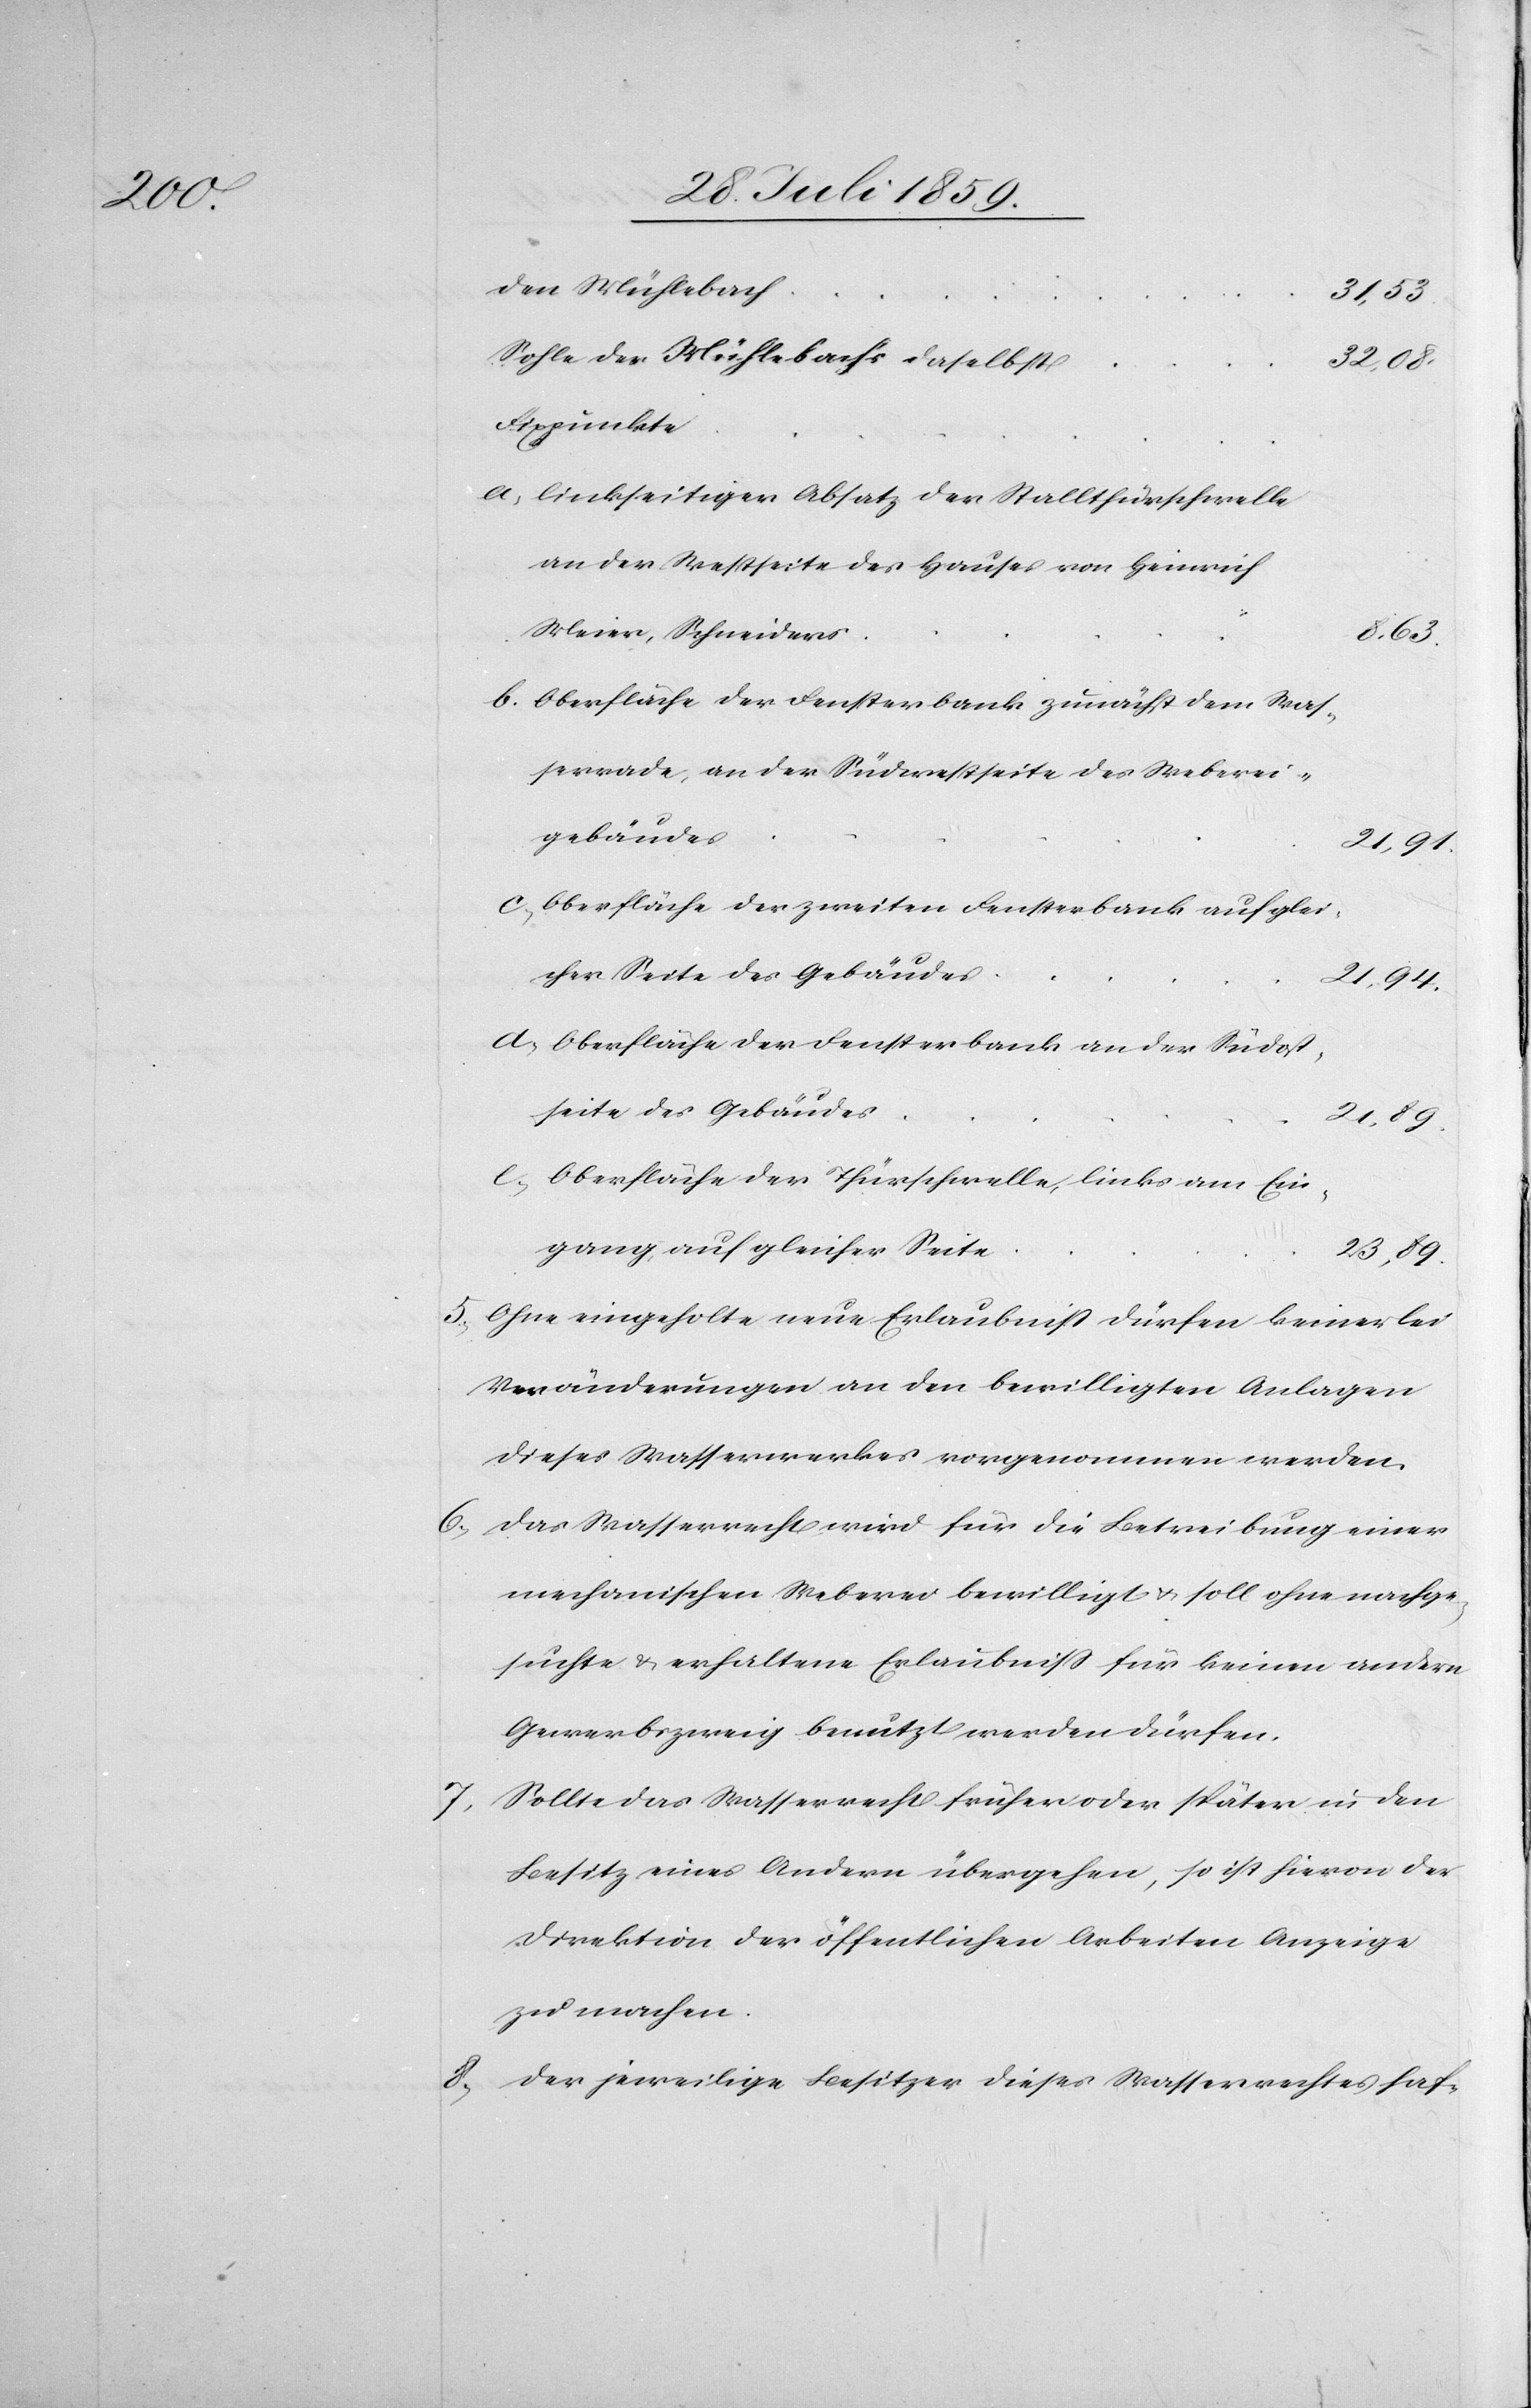
des Mühlebachs
e.
31,53
32,08
Fixpunkte
linksseitiger Absatz der Stalltürschwelle
an der Westseite des Hauses von Heinrich
Meier, Schneiders
Oberfläche der Fensterbank zunächst dem Was¬
serrade, an der Südwestseite des Weberei¬
gebäudes
Oberfläche der zweiten Fensterbank auf glei¬
cher Seite des Gebäudes
21,94
Oberfläche der Fensterbank an der Südost¬
seite des Gebäudes
21,89
Oberfläche der Thürschwelle, links am Ein¬
gang, auf gleicher Seite
23,89
5. Ohne eingeholte neue Erlaubniß dürfen keinerlei
Veränderungen an den bewilligten Anlagen
dieses Wasserwerkes vorgenommen werden.
6. Das Wasserrecht wird für die Betreibung einer
mechanischen Weberei bewilligt u. soll ohne nachge¬
suchte u. erhaltene Erlaubniß für keinen andern
Gewerbszweig benutzt werden dürfen.
Sollte das Wasserrecht früher oder später in den
7.
Besitz eines Andern übergehen, so ist hievon der
Direktion der öffentlichen Arbeiten Anzeige
zu machen.
8. Der jeweilige Besitzer dieses Wasserrechtes haf-